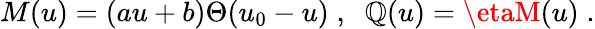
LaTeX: M(u)=(au+b)\Theta(u_{0}-u)\; ,\; \; \mathbb{Q}(u)=\etaM(u)\; .